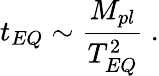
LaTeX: t_{EQ}\sim\frac{M_{pl}}{T_{EQ}^{2}}\ .